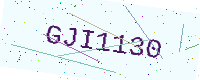
Text: GJI1130